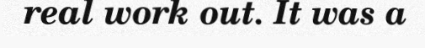
real work out. It was a